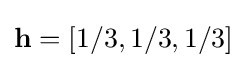
\mathbf {h} =[1/3,1/3,1/3]